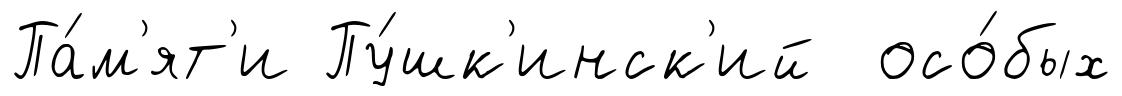
Па́м'ят'и Пу́шк'инск'ий осо́бых